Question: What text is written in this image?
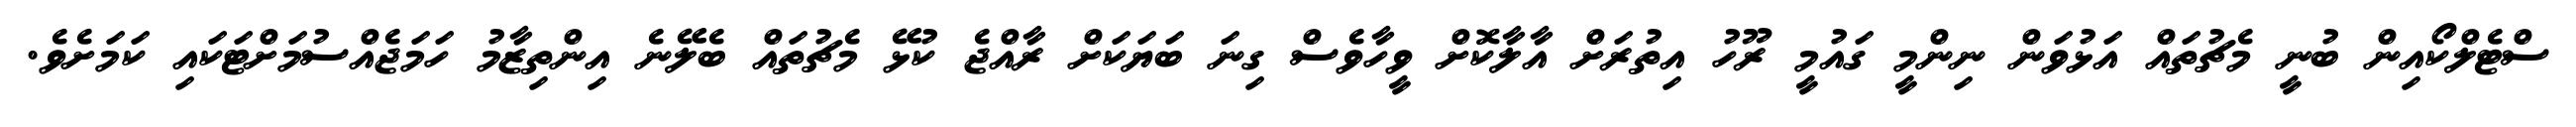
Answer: ސްޓެލްކޯއިން ބުނީ މެޗުތައް އަޅުވަން ނިންމީ ގައުމީ ރޫހު އިތުރަށް އާލާކޮށް ވީހާވެސް ގިނަ ބަޔަކަށް ރާއްޖެ ކުޅޭ މެޗުތައް ބެލޭނެ އިންތިޒާމު ހަމަޖެއްސުމަށްޓަކައި ކަމަށެވެ.